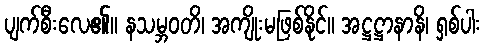
ပျက်စီးလေ၏။ နသမ္ဘဝတိ၊ အကျိုးမဖြစ်နိုင်။ အဋ္ဌဋ္ဌာနာနိ၊ ရှစ်ပါး